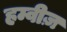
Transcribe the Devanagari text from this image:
हम्वीज़